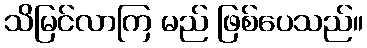
သိမြင်လာကြ မည် ဖြစ်ပေသည်။